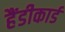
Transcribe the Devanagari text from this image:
हैंडीकार्ड